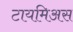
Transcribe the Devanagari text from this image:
टायमिअस